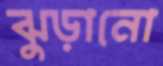
ঝুড়ানো